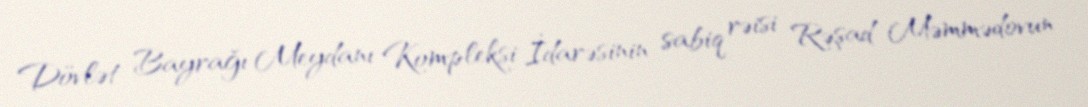
Dövlət Bayrağı Meydanı Kompleksi İdarəsinin sabiq rəisi Rəşad Məmmədovun